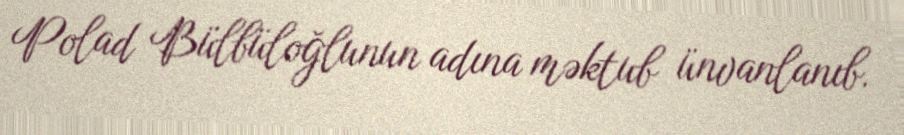
Polad Bülbüloğlunun adına məktub ünvanlanıb.